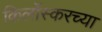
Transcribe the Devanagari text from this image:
किर्लोस्करच्या